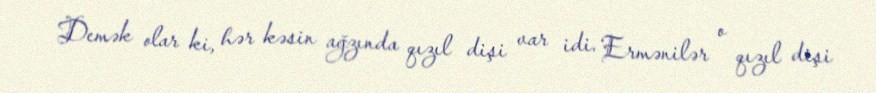
Demək olar ki, hər kəsin ağzında qızıl dişi var idi. Ermənilər o qızıl dişi